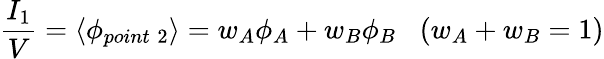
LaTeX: \frac{I_{1}}{V}=\langle\phi_{point\; 2}\rangle=w_{A}\phi_{A}+w_{B}\phi_{B}\; \; \; (w_{A}+w_{B}=1)